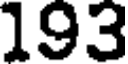
193